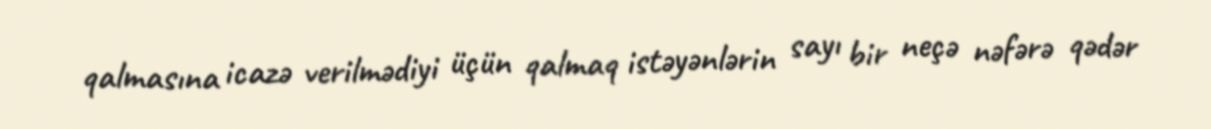
qalmasına icazə verilmədiyi üçün qalmaq istəyənlərin sayı bir neçə nəfərə qədər